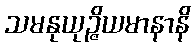
သမနုယုဉ္ဇိယမာနာနိ